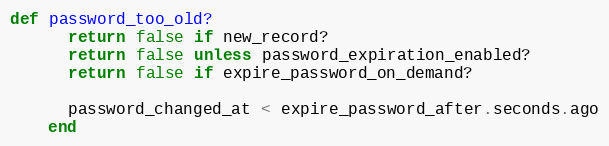
Language: Ruby
def password_too_old?
      return false if new_record?
      return false unless password_expiration_enabled?
      return false if expire_password_on_demand?

      password_changed_at < expire_password_after.seconds.ago
    end